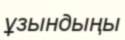
ұзындыңы